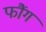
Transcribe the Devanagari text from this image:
फौंग